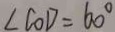
\angle C O D = 6 0 ^ { \circ }